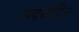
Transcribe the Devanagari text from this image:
सदरोद्दिन